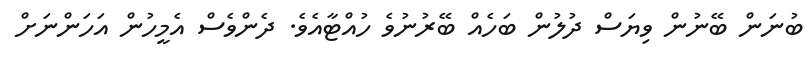
ބުނަން ބޭނުން ވިޔަސް ދުލުން ބަހެއް ބޭރުނުވެ ހުއްޓާއެވެ. ދެންވެސް އެމީހުން އަހަންނަށް